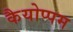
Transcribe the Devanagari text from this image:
कैयोप्पम